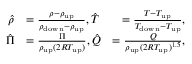
\begin{array} { r l r } { \hat { \rho } } & { = \frac { \rho - \rho _ { \mathrm { { u p } } } } { \rho _ { \mathrm { d o w n } } - \rho _ { \mathrm { { u p } } } } , \hat { T } } & { = \frac { T - T _ { \mathrm { u p } } } { T _ { \mathrm { { d o w n } } } - T _ { \mathrm { u p } } } , } \\ { \hat { \Pi } } & { = \frac { \Pi } { \rho _ { \mathrm { { u p } } } ( 2 R T _ { \mathrm { u p } } ) } , \hat { Q } } & { = \frac { Q } { \rho _ { \mathrm { { u p } } } ( 2 R T _ { \mathrm { u p } } ) ^ { 1 . 5 } } , } \end{array}